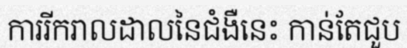
ការរីករាលដាលនៃជំងឺនេះ កាន់តែជួប